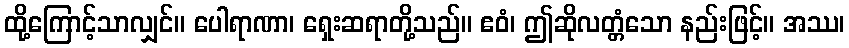
ထို့ကြောင့်သာလျှင်။ ပေါရာဏာ၊ ရှေးဆရာတို့သည်။ ဧဝံ၊ ဤဆိုလတ္တံသော နည်းဖြင့်။ အဿ၊